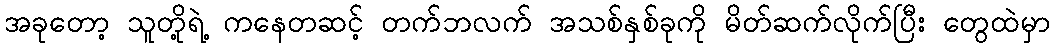
အခုတော့ သူတို့ရဲ့ ကနေတဆင့် တက်ဘလက် အသစ်နှစ်ခုကို မိတ်ဆက်လိုက်ပြီး တွေထဲမှာ